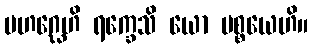
မဟဂ္ဃေဟိ ရက္ခေသိ ယော ပစ္စယေဟိ။